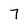
Character: 7